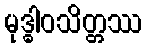
မုဒ္ဓါဝသိတ္တဿ